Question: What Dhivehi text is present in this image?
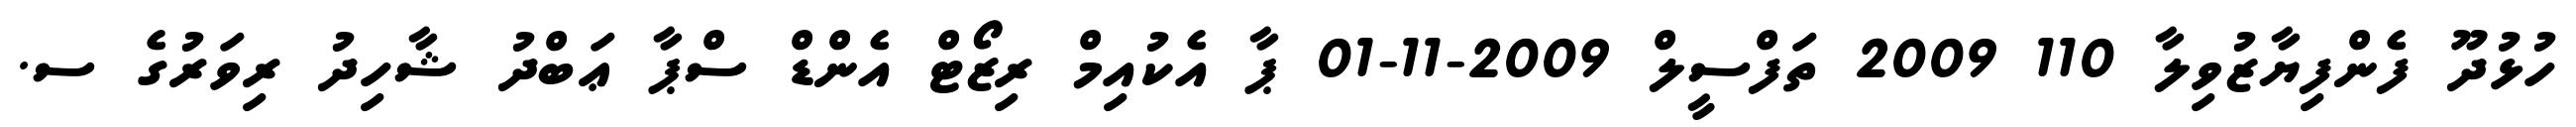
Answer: ހުޅުދޫ ފެންފިޔާޒުވިލާ 110 2009 ތަފްސީލް 2009-11-01 ޕާ އެކުއިމް ރިޒޯޓް އެންޑް ސްޕާ ޢަބްދު ޝާހިދު ރިވަރުގެ ސ.